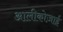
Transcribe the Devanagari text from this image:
आलीकोज़ाई